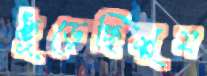
ছুঁড়েছিলুম